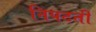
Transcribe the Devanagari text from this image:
निपटतीं